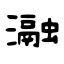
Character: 瀜